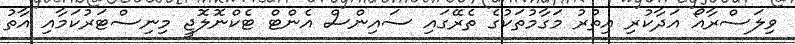
ވިލަސްރާއޯ އަދާކުރި އިތުރު މަގާމުތަކުގެ ތެރޭގައި ސައިންސް އެންޓް ޓެކްނޮލޮޖީ މިނިސްޓަރުކަމާއި އާތު